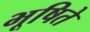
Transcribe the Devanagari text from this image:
भूषिते